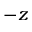
- z